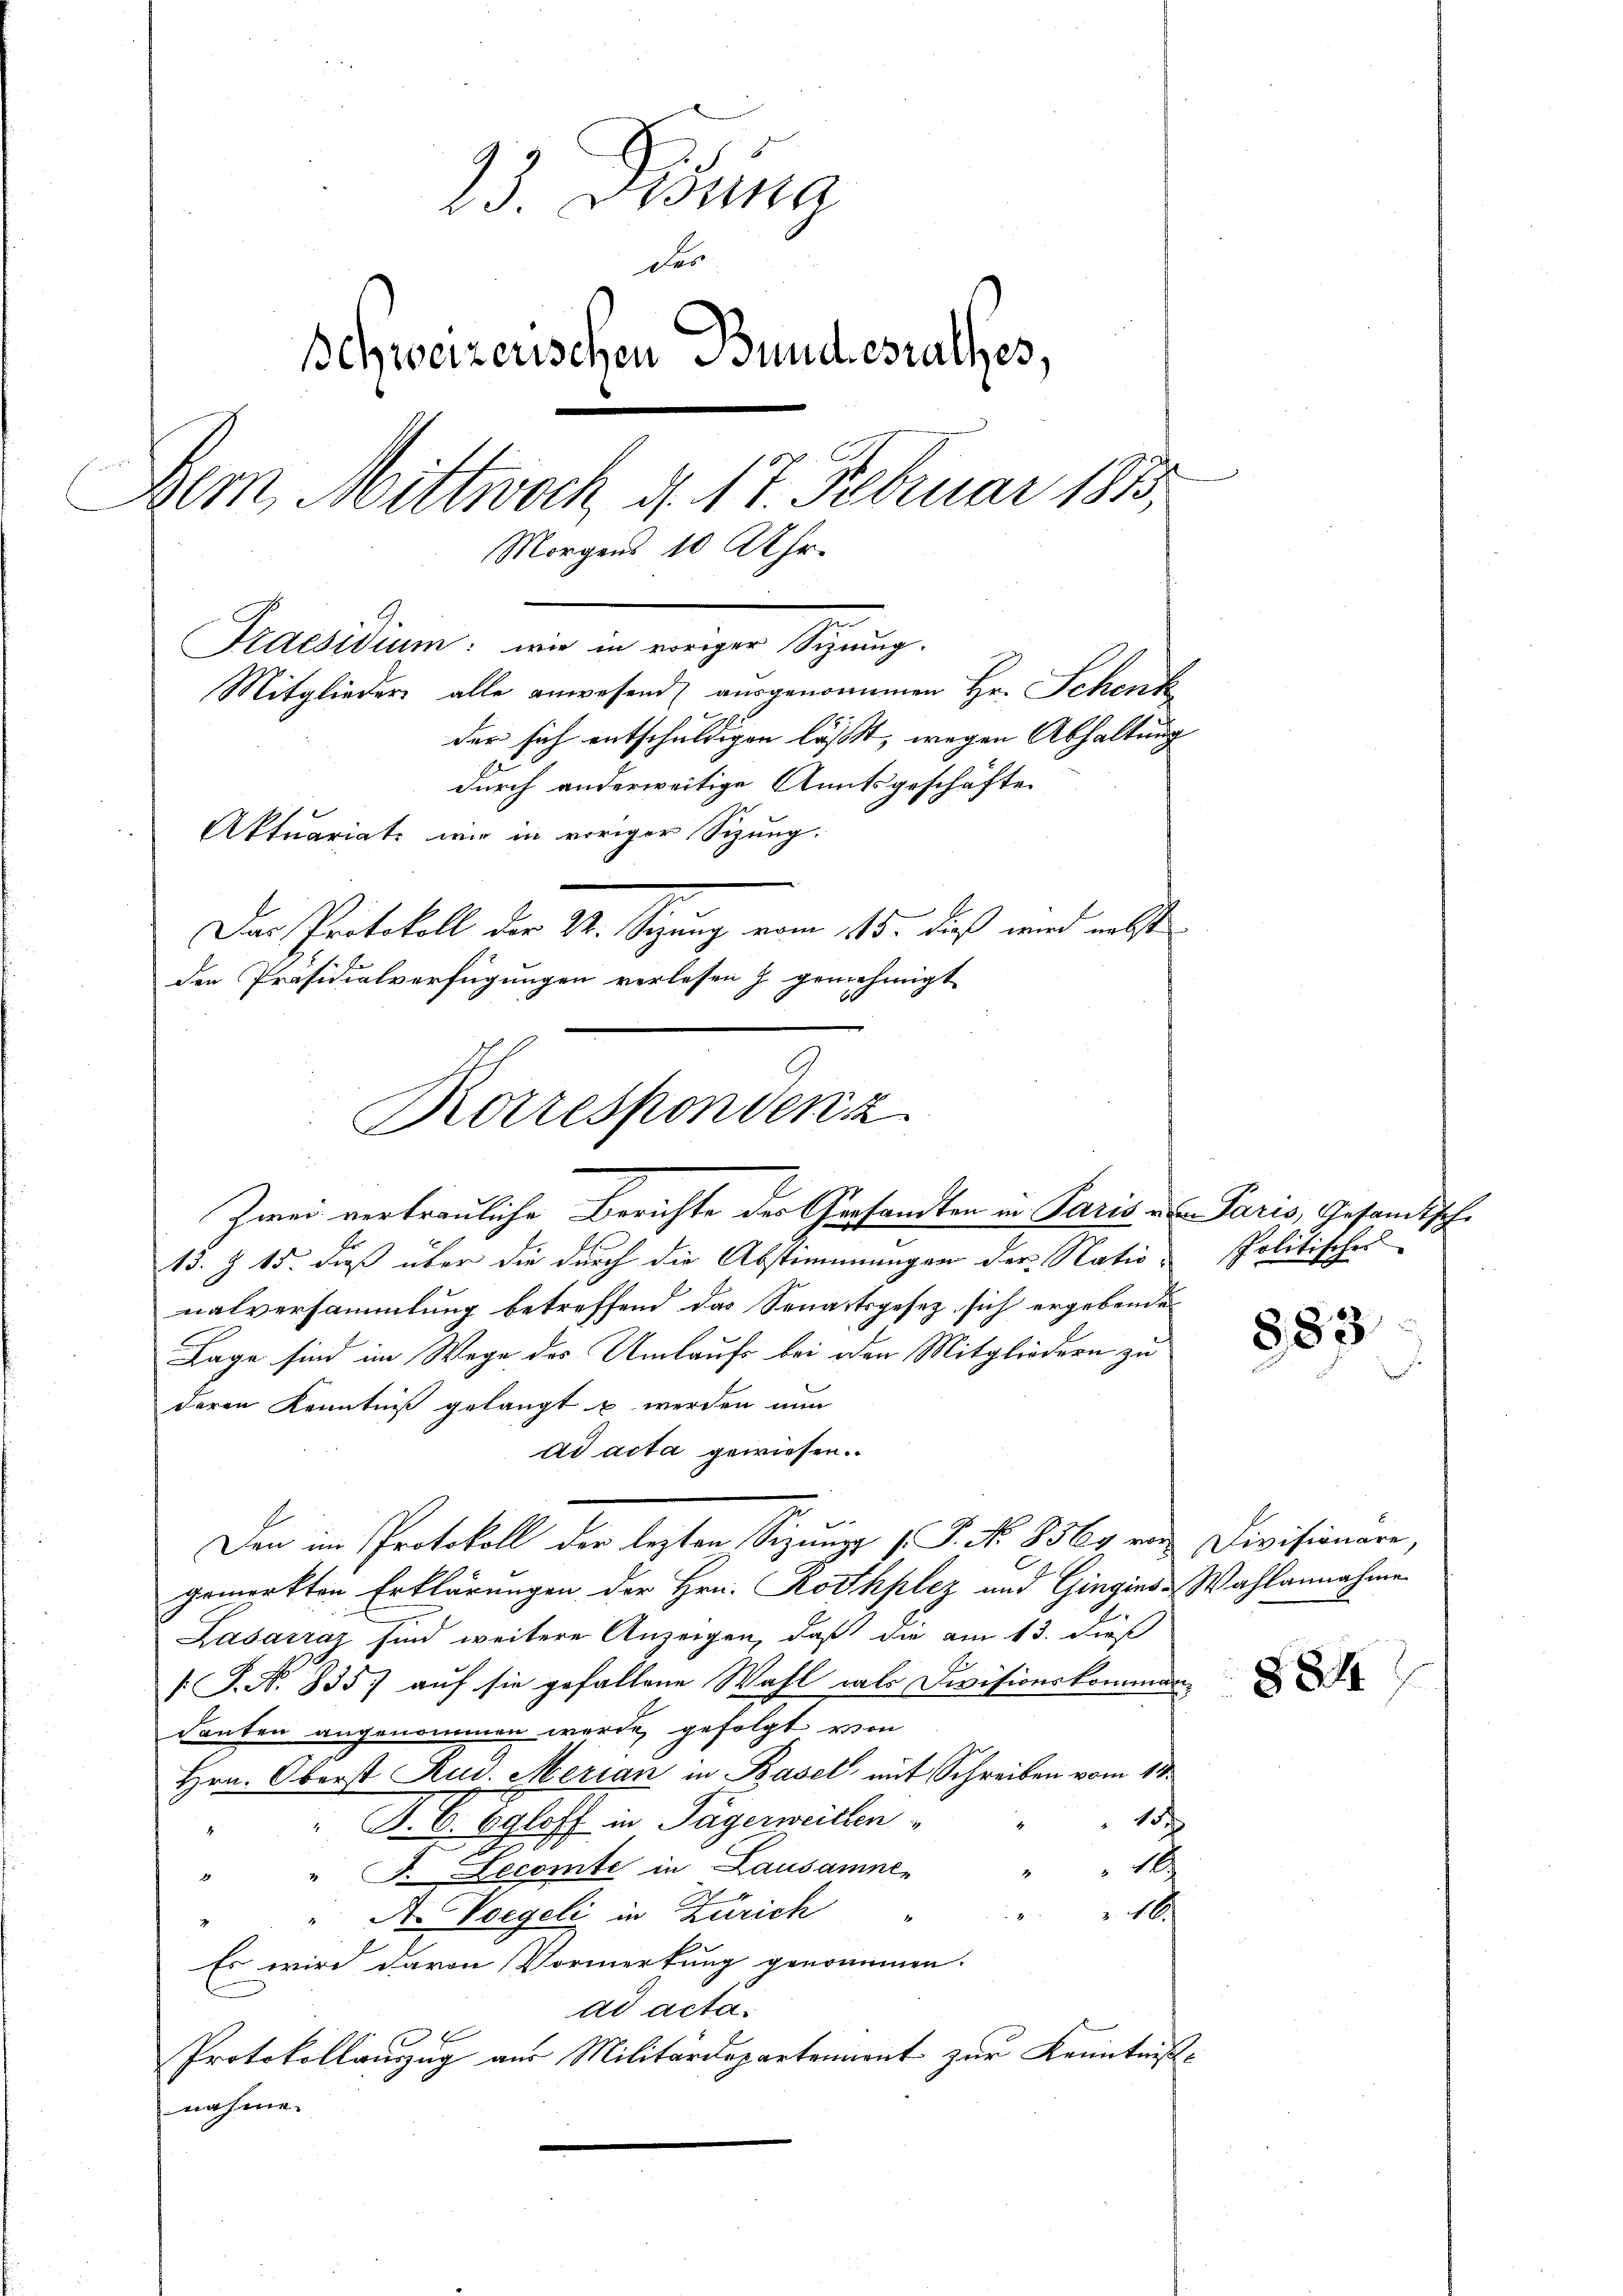
23. Jung
der
Schweizerischen Bundesrathes,
Dem Mittwoch, d. 17. Februar 1813
ng
ens 10 Uhr.
M.
Praesidium: wie in voriger Schnung.
Mitglieder alle anwesend, ausgenommen Hr. Schenk
der sich entschuldigen lässt, wegen Abhaltung |
durch anderweitige Amtsgeschäfte
Aktuariat wir in voriger Sitzung.
Das Protokoll der St. Sizung vom 15. dieß wird nebst
den Präsidialverfügungen verlesen z. genehmigt

Korrespondenz
2
Zwei vertrauliche Berichte des Gesandten in Paris von Paris, Gesandtsche

13. Z. 15. dieß über die durch die Abstimmungen der Natio-
nalversammlung betreffend das Senatsgesez sich ergebende
Lage sind im Wege des Umlaufs bei den Mitgliedern zu
deren Kenntniß gelangt u werden nun
ad acta gewiesen.
gemerkten Erklärungen der Hrn. Rothplez und Gingins-Wahlannahme
Lasaszaz sind weitere Anzeigen, daß die am 13. dieß
[S. No 835) auf sie gefallene Wahl als Divisionskommendanken angenommen werde, gefolgt von
Hrn. Oberst Rud. Merian in Basel mit Schreiben vom 11.
157
 P. C. Egloff in Tägerweillen
1
" " F. Decomte in Lausanne,
" A. Vorgeli in Zürich " " 10.
Es wird davon Vormerkung genommen.
ad acta.
Protokollauszug aus Militärdepartement zur Kenntnißnahme.

Den im Protokoll der lezten Sizungs P. P. Nr. 8569 von Divisionare,

politisches

883

884